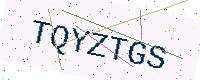
Text: TQYZTGS